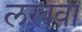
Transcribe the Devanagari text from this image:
लखवा